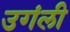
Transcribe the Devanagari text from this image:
उगंली